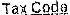
TAX CODE